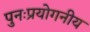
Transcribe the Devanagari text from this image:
पुनःप्रयोगनीय